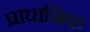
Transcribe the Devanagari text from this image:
प्राधानिक